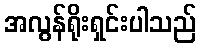
အလွန်ရိုးရှင်းပါသည်